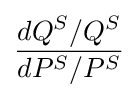
{\frac {dQ^{S}/Q^{S}}{dP^{S}/P^{S}}}